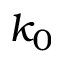
k _ { 0 }